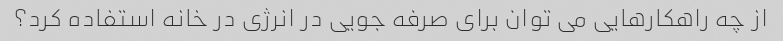
از چه راهکارهایی می توان برای صرفه جویی در انرژی در خانه استفاده کرد؟